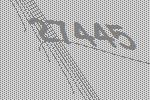
27445